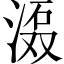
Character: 𱧎